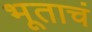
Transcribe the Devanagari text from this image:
भूताचं